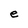
Character: e